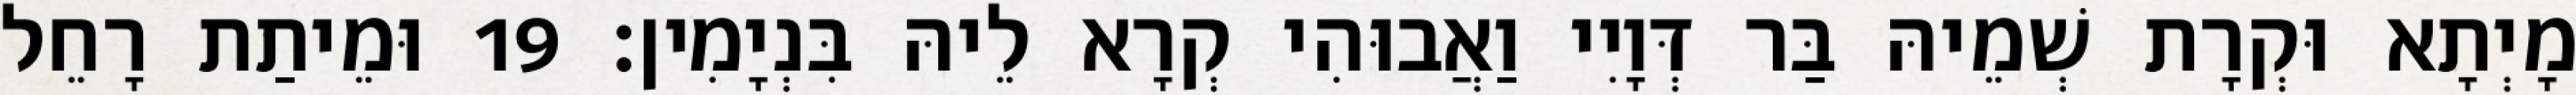
מָיְתָא וּקְרָת שְׁמֵיהּ בַּר דְּוָיִי וַאֲבוּהִי קְרָא לֵיהּ בִּנְיָמִין׃ 19 וּמֵיתַת רָחֵל